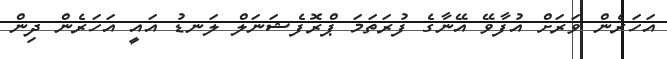
އަހަރެން ވަރަށް އުފާވޭ އޭނާގެ ފުރަތަމަ ޕްރޮފެޝަނަލް ލަނޑު އައީ އަހަރެން ދިން